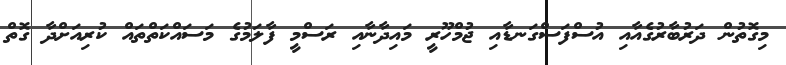
މިގޮތުން ދަރުބާރުގެއާއި އުސްފަސްގަނޑާއި ޖުމްހޫރީ މައިދާނާއި ރަސްމީ ފާލަމުގެ މަސައްކަތްތައް ކުރިއަށްދާ ގޮތް